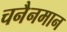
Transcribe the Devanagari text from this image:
चनैनमान